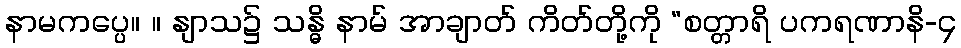
နာမကပ္ပေ။ ။ နျာသ၌ သန္ဓိ နာမ် အာချာတ် ကိတ်တို့ကို “စတ္တာရိ ပကရဏာနိ-၄